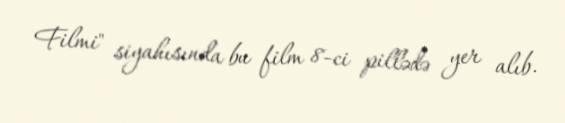
Filmi" siyahısında bu film 8-ci pillədə yer alıb.